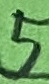
Text: 5